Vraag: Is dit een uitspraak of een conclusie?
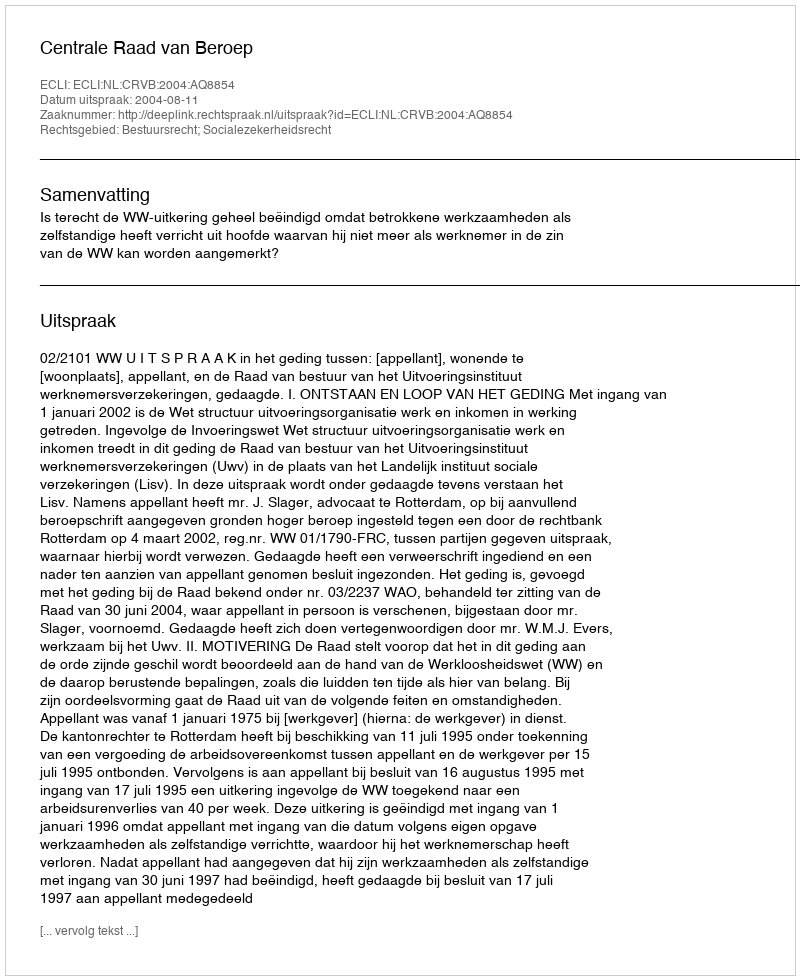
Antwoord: Uitspraak